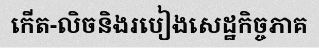
កើត-លិចនិងរបៀងសេដ្ឋកិច្ចភាគ